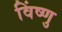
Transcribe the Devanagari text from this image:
विंष्णु